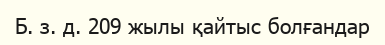
Б. з. д. 209 жылы қайтыс болғандар